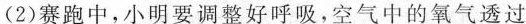
(2)赛跑中，小明要调整好呼吸，空气中的氧气透过